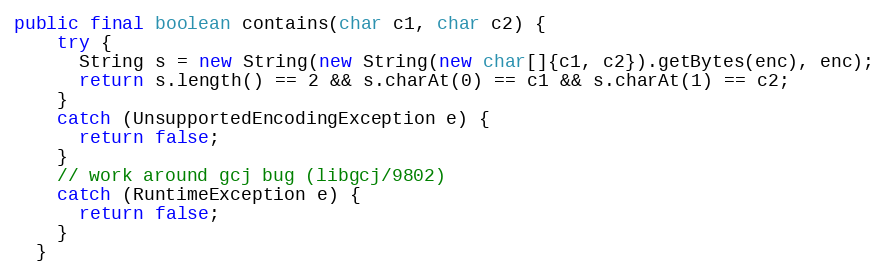
Language: Java
public final boolean contains(char c1, char c2) {
    try {
      String s = new String(new String(new char[]{c1, c2}).getBytes(enc), enc);
      return s.length() == 2 && s.charAt(0) == c1 && s.charAt(1) == c2;
    }
    catch (UnsupportedEncodingException e) {
      return false;
    }
    // work around gcj bug (libgcj/9802)
    catch (RuntimeException e) {
      return false;
    }
  }